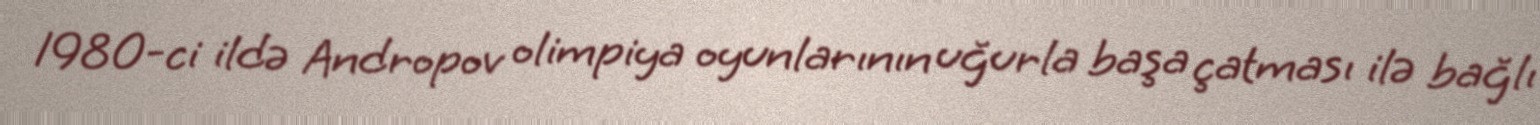
1980-ci ildə Andropov olimpiya oyunlarının uğurla başa çatması ilə bağlı